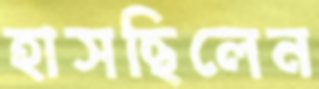
হাসছিলেন